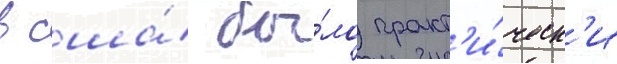
в сша́ бы́ло практ'и́ческ'и